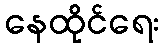
နေထိုင်ရေး